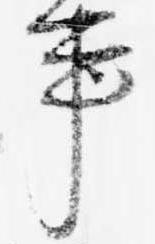
事